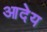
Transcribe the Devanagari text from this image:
आदेय